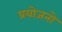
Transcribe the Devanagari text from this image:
प्रयोजनो